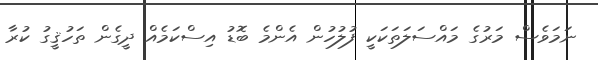
ނަމަވެސް މަރުގެ މައްސަލަތަކަކީ ފުލުހުން އެންމެ ބޮޑު އިސްކަމެއް ދީގެން ތަހުޤީގު ކުރާ